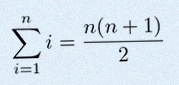
\sum_{i=1}^{n}i=\frac{n(n+1)}2